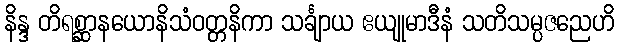
နိန္ဒ တိရစ္ဆာနယောနိသံဝတ္တနိကာ သင်္ချာယ ဧယျုမာဒီနံ သတိသမ္ပဇညေဟိ